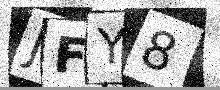
Text: JFY8